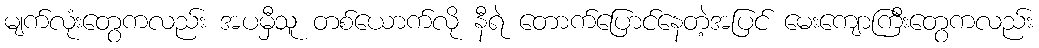
မျက်လုံးတွေကလည်း အပမှီသူ တစ်ယောက်လို နီရဲ တောက်ပြောင်နေတဲ့အပြင် မေးကျောကြီးတွေကလည်း